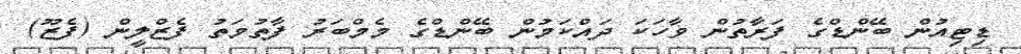
ޑިޓިއުން ބޭންޑްގެ ފަރާތުން ވާހަކަ ދައްކަމުން ބޭންޑްގެ މެމްބަރު ފާތުމަތު ފެޒްލީން (ފެޒޫ)